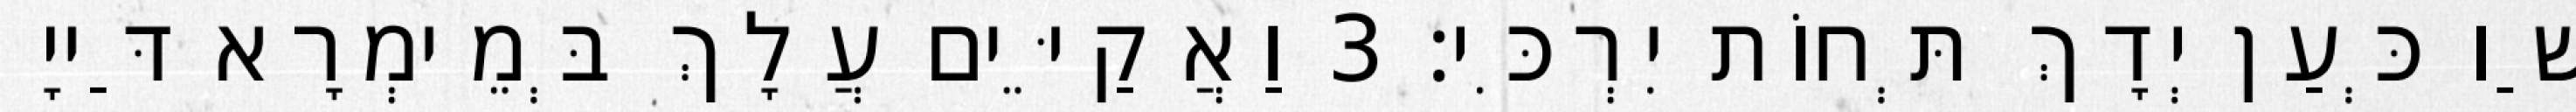
שַׁו כְּעַן יְדָךְ תְּחוֹת יִרְכִּי׃ 3 וַאֲקַיֵּים עֲלָךְ בְּמֵימְרָא דַּייָ